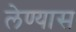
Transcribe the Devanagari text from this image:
लेण्यास